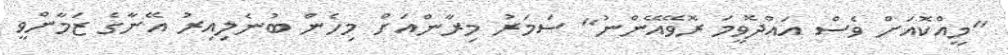
"މީއްކޮއަށް ވެސް އައްދޮވީމަ ރޮވޭއޭންނު" ސަމަރު މިރާންއަށް މިހެން ބުނެލިއިރު އޭނާގެ ޒަމާންވީ